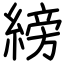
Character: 縍